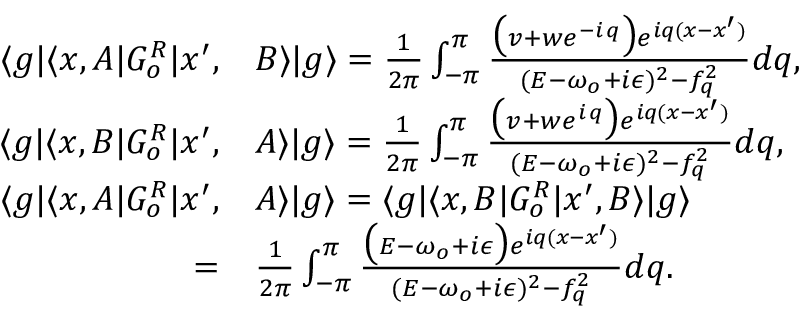
\begin{array} { r l } { \langle g | \langle x , A | G _ { o } ^ { R } | x ^ { \prime } , } & { B \rangle | g \rangle = \frac { 1 } { 2 \pi } \int _ { - \pi } ^ { \pi } \frac { \big ( v + w e ^ { - i \, q } \big ) e ^ { i q ( x - x ^ { \prime } ) } } { ( E - \omega _ { o } + i \epsilon ) ^ { 2 } - f _ { q } ^ { 2 } } d q , } \\ { \langle g | \langle x , B | G _ { o } ^ { R } | x ^ { \prime } , } & { A \rangle | g \rangle = \frac { 1 } { 2 \pi } \int _ { - \pi } ^ { \pi } \frac { \big ( v + w e ^ { i \, q } \big ) e ^ { i q ( x - x ^ { \prime } ) } } { ( E - \omega _ { o } + i \epsilon ) ^ { 2 } - f _ { q } ^ { 2 } } d q , } \\ { \langle g | \langle x , A | G _ { o } ^ { R } | x ^ { \prime } , } & { A \rangle | g \rangle = \langle g | \langle x , B | G _ { o } ^ { R } | x ^ { \prime } , B \rangle | g \rangle } \\ { = } & { \frac { 1 } { 2 \pi } \int _ { - \pi } ^ { \pi } \frac { \big ( E - \omega _ { o } + i \epsilon \big ) e ^ { i q ( x - x ^ { \prime } ) } } { ( E - \omega _ { o } + i \epsilon ) ^ { 2 } - f _ { q } ^ { 2 } } d q . } \end{array}